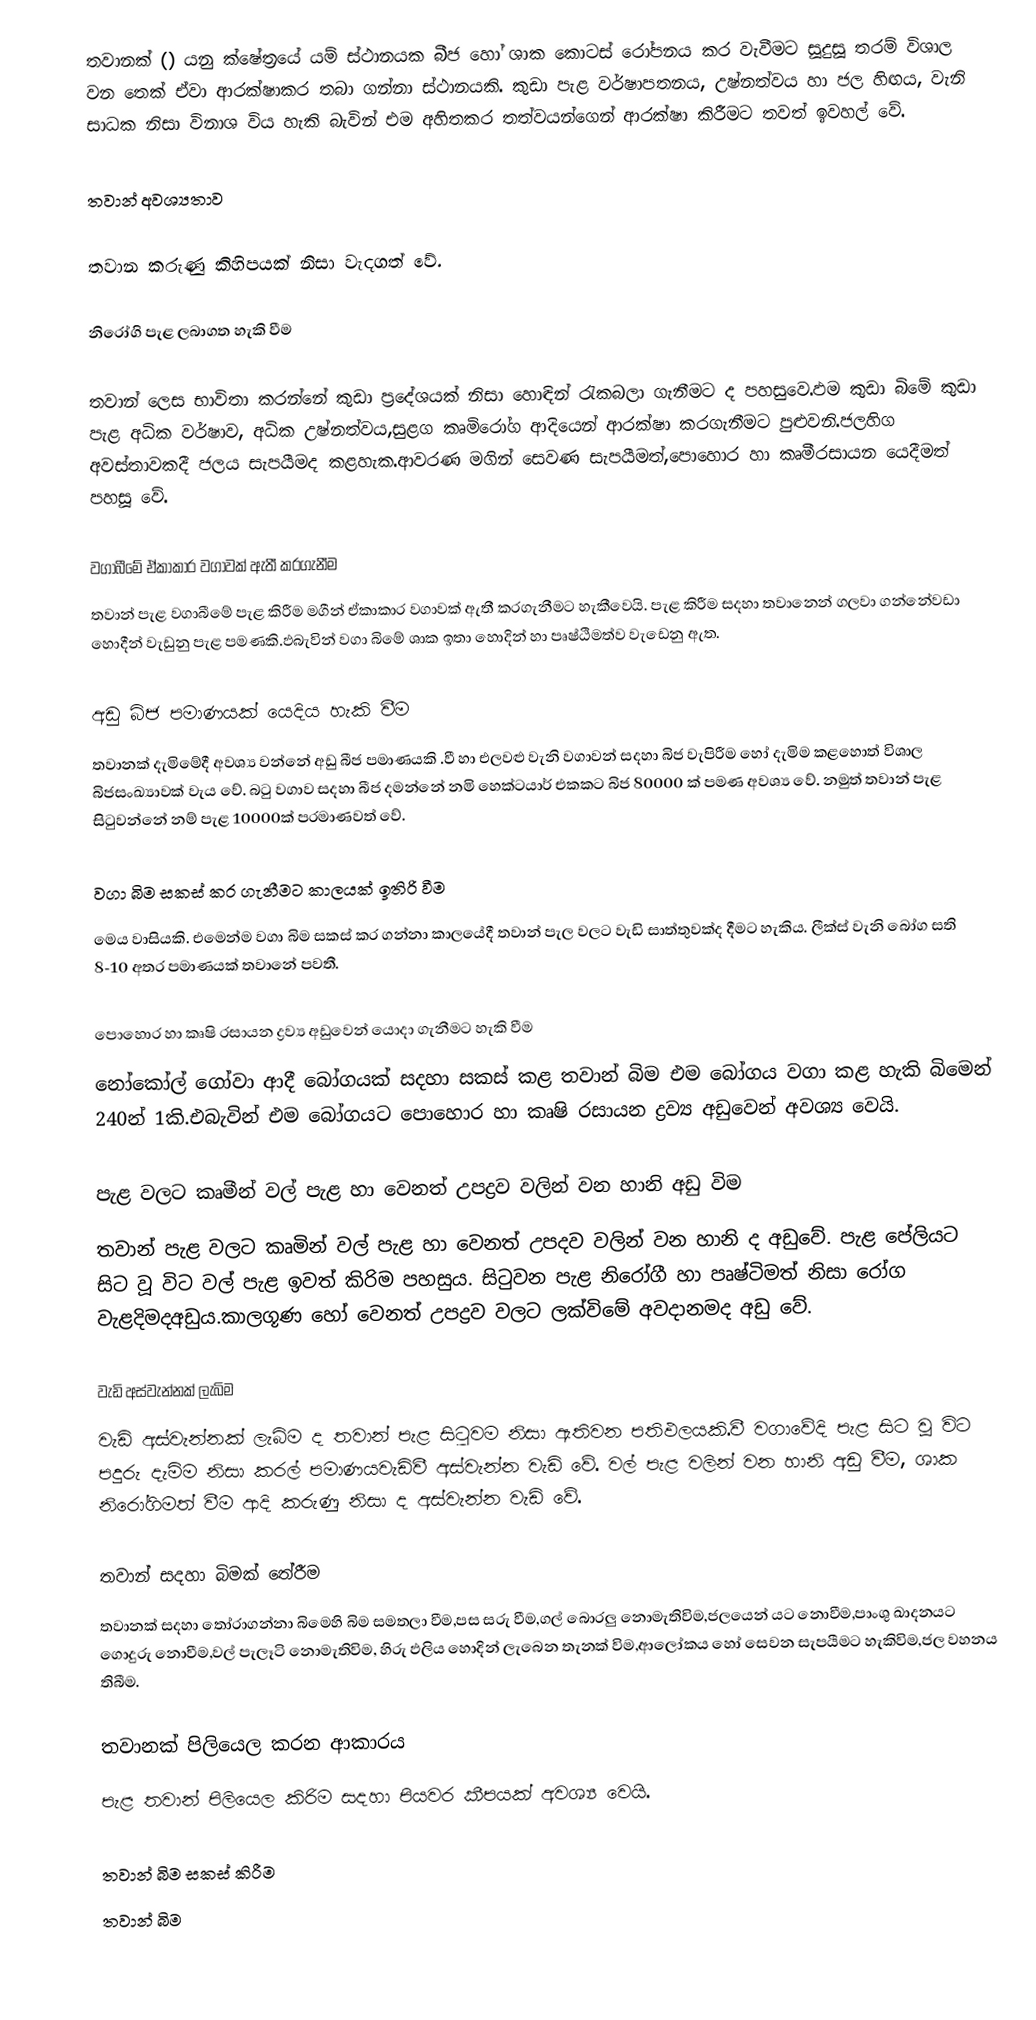
තවානක් () යනු ක්ෂේත‍්‍රයේ යම් ස්ථානයක බීජ හෝ ශාක කොටස් රෝපනය කර වැවීමට සූදුසූ තරම් විශාල වන තෙක් ඒවා ආරක්ෂාකර තබා ගන්නා ස්ථානයකි. කුඩා පැළ වර්ෂාපතනය, උෂ්නත්වය හා ජල හිඟය, වැනි සාධක නිසා විනාශ විය හැකි බැවින් එම අහිතකර තත්වයන්ගෙන් ආරක්ෂා කිරීමට තවත් ඉවහල් වේ.

තවාන් අවශ්‍යතාව

තවාන කරුණු කිහිපයක් නිසා වැදගත් වේ.

නිරෝගි පැළ ලබාගත හැකි වීම

තවාන් ලෙස භාවිතා කරන්නේ  කුඩා ප‍්‍රදේශයක් නිසා හොඳින් රැකබලා ගැනීමට  ද පහසුවෙ.ඵම කුඩා බිමේ කුඩා පැළ අධික වර්ෂාව, අධික උෂ්නත්වය,සුළග කෘමිරෝග ආදියෙන් ආරක්ෂා කරගැනීමට පුළුවනි.ජලහිග අවස්තාවකදී ජලය සැපයීමද කළහැක.ආවරණ මගින් සෙවණ සැපයීමත්,පොහොර හා කෘමීරසායන යෙදීමත් පහසූ ‍වේ.

වගාබීමේ ඒකාකාර වගාවක් ඇතී කරගැනීම
තවාන් පැළ වගාබීමේ පැළ කිරීම මගීන් ඒකාකාර වගාවක් ඇතී කරගැනීමට හැකීවෙයි. පැළ කිරීම සදහා තවානෙන් ගලවා ගන්නේවඩා හොදීන් වැඩුනු පැළ පමණකි.ඵබැවින් වගා බිමේ ශාක ඉතා හොදින් හා පෘෂ්ඨිමත්ව වැ‍ඩෙනු ඇත.

අඩු බිජ පමාණයක් යෙදිය හැකි වීම
තවානක් දැමිමේදී අවශ්‍ය වන්නේ අඩු බීජ පමාණයකි .වී හා එලවළු  වැනි වගාවන් සදහා බිජ වැපිරීම හෝ දැමිම කළහොත් විශාල බිජසංඛ්‍යාවක් වැය වේ. බටු වගාව සදහා බීජ දමන්නේ නමි හෙක්ටයාර් එකකට බිජ 80000 ක් පමණ අවශ්‍ය වේ. නමුත් තවාන් පැළ සිටුවන්නේ නම් පැළ 10000ක් ප‍්‍රමාණවත් වේ.

වගා බිම සකස් කර ගැනීමට කාලයක් ඉතිරි වීම
මෙය වාසියකි. එමෙන්ම වගා බිම සකස් කර ගන්නා කාලයේදී තවාන් පැල වලට වැඩි සාත්තුවක්ද දීමට හැකිය. ලීක්ස් වැනි බෝග සති 8-10 අතර පමාණයක් තවානේ පවතී.

පොහොර හා කෘෂි රසායන ද්‍රව්‍ය අඩුවෙන් යොදා ගැනීමට හැකි වීම
නෝකෝල් ගෝවා ආදී බෝගයක් සදහා සකස් කළ තවාන් බිම එම බෝගය වගා කළ හැකි බිමෙන් 240න් 1කි.එබැවින් එම බෝගයට පොහොර හා කෘෂි රසායන ද්‍රව්‍ය අඩුවෙන් අවශ්‍ය වෙයි.

පැළ වලට කෘමීන් වල් පැළ හා වෙනත් උපද්‍රව වලින් වන හානි අඩු විම
තවාන් පැළ වලට කෘමින් වල් පැළ හා වෙනත් උපදව වලින් වන හානි ද අඩුවේ. පැළ පේලියට සිට වූ විට වල් පැළ ඉවත් කිරිම පහසුය. සිටුවන පැළ නිරෝගී හා පෘෂ්ටිමත් නිසා රෝග වැළදිමදඅඩුය.කාලගූණ හෝ වෙනත් උපද්‍රව වලට ලක්විමේ අවදානමද අඩු වේ.

වැඩි අස්වැන්නක් ලැබිම
වැඩි අස්වැන්නක් ලැබිම ද තවාන් පැළ සිටුවම නිසා ඇතිවන පතිඵලයකි.වී වගාවේදි පැළ සිට වූ විට පදුරු දැමිම නිසා කරල් පමාණයවැඩිවී අස්වැන්න වැඩි වේ. වල් පැළ වලින් වන හානි අඩු වීම, ශාක නිරෝගිමත් වීම ආදි කරුණු නිසා ද අස්වැන්න වැඩි වේ.

තවාන් සදහා බිමක් තේරීම
තවානක් සදහා තෝරාගන්නා බිමෙහි බිම සමතලා වීම,පස සරු වීම,ගල් බොරලු නොමැතිවිම,ජලයෙන් යට නොවීම,පාංශු ඛාදනයට ගොදුරු නොවීම,වල් පැලෑටි නොමැතිවිම, හිරු ඵලිය හොදින් ලැබෙන තැනක් විම,ආලෝකය හෝ සෙවන සැපයීමට හැකිවිම,ජල වහනය තිබීම.

තවානක් පිලියෙල කරන ආකාරය
පැළ තවාන් පිලියෙල කිරිම සදහා පියවර කීපයක් අවශ්‍ය වෙයි.

තවාන් බිම සකස් කිරීම
තවාන් බිම